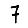
Digit: 7